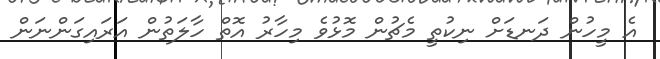
އެ މީހުން ދަނޑަށް ނިކުތީ މެޗުން މޮޅުވެ މިހާރު އޮތް ހާލަތުން އަރައިގަންނަން